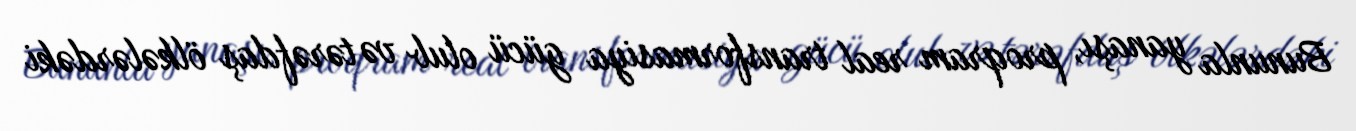
Bununla yanaşı, proqram real transformasiya gücü olub və tərəfdaş ölkələrdəki